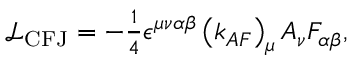
\begin{array} { r } { \mathrm { { \mathcal { L } _ { C F J } } } = - \frac { 1 } { 4 } \epsilon ^ { \mu \nu \alpha \beta } \left( k _ { A F } \right) _ { \mu } A _ { \nu } F _ { \alpha \beta } , } \end{array}